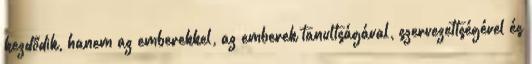
kezdődik, hanem az emberekkel, az emberek tanultságával, szervezettségével és